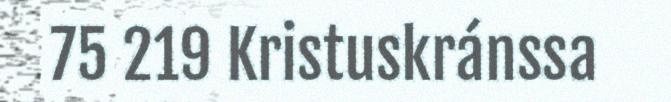
75 219 Kristuskránssa